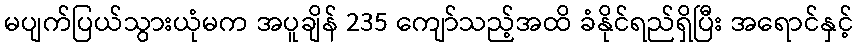
မပျက်ပြယ်သွားယုံမက အပူချိန် 235 ကျော်သည့်အထိ ခံနိုင်ရည်ရှိပြီး အရောင်နှင့်